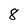
Character: 8